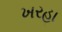
ખરહા